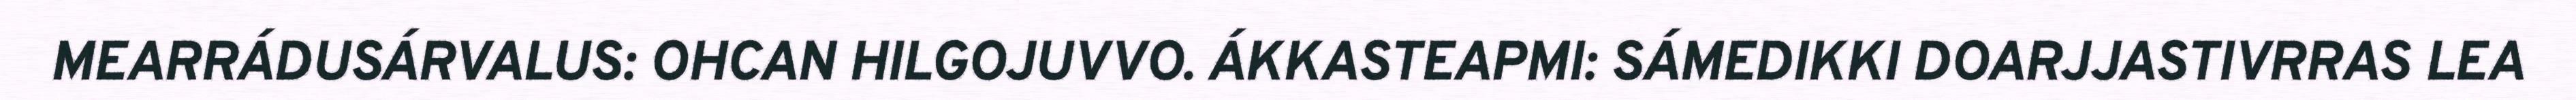
MEARRÁDUSÁRVALUS: OHCAN HILGOJUVVO. ÁKKASTEAPMI: SÁMEDIKKI DOARJJASTIVRRAS LEA